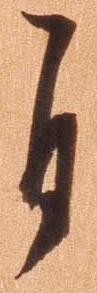
自